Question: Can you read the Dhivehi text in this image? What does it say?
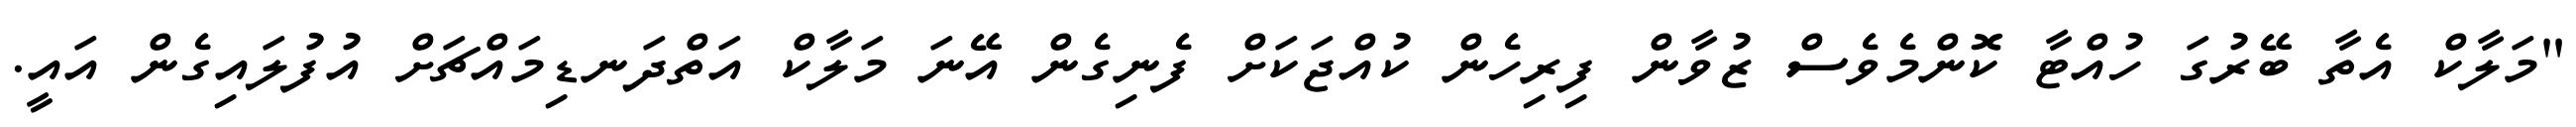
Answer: "މަލާކް އެތާ ބޭރުގަ ހުއްޓާ ކޮންމެވެސް ޒުވާން ފިރިހެން ކުއްޖަކަށް ފެނިގެން އޭނަ މަލާކް އަތްދަނޑިމައްޗަށް އުފުލައިގެން އައީ.